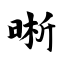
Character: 晰